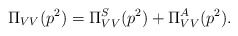
\begin{align*}\Pi_{VV}(p^2)= \Pi^S_{VV}(p^2) + \Pi^A_{VV}(p^2) .\end{align*}